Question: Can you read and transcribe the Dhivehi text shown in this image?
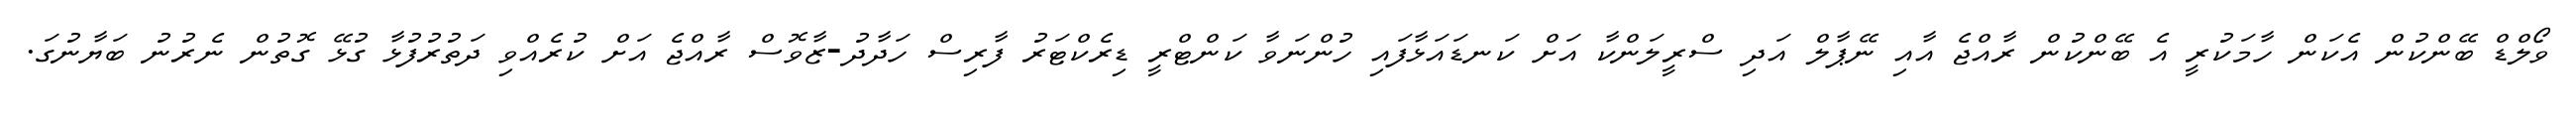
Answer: ވޯލްޑް ބޭންކުން އެކަން ހާމަކުރީ އެ ބޭންކުން ރާއްޖެ އާއި ނޭޕާލް އަދި ސްރީލަންކާ އަށް ކަނޑައަޅާފައި ހުންނަވާ ކަންޓްރީ ޑިރެކްޓަރު ފާރިސް ހަދާދު-ޒާވޮސް ރާއްޖެ އަށް ކުރެއްވި ދަތުރުފުޅާ ގުޅޭ ގޮތުން ނެރުނު ބަޔާނުގަ.